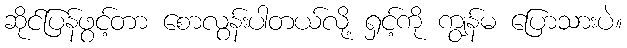
ဆိုင်ပြန်ဖွင့်တာ စောလွန်းပါတယ်လို့ ရှင့်ကို ကျွန်မ ပြောသားပဲ။